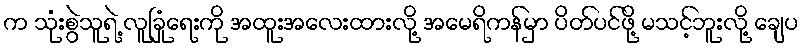
က သုံးစွဲသူရဲ့ လူခြုံရေးကို အထူးအလေးထားလို့ အမေရိကန်မှာ ပိတ်ပင်ဖို့ မသင့်ဘူးလို့ ချေပ